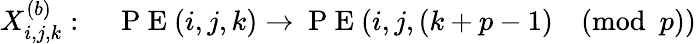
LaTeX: X_{i,j,k}^{(b)}:\quad\mathrm{~P~E~}(i,j,k)\rightarrow\mathrm{~P~E~}(i,j,(k+p-1)\pmod p)